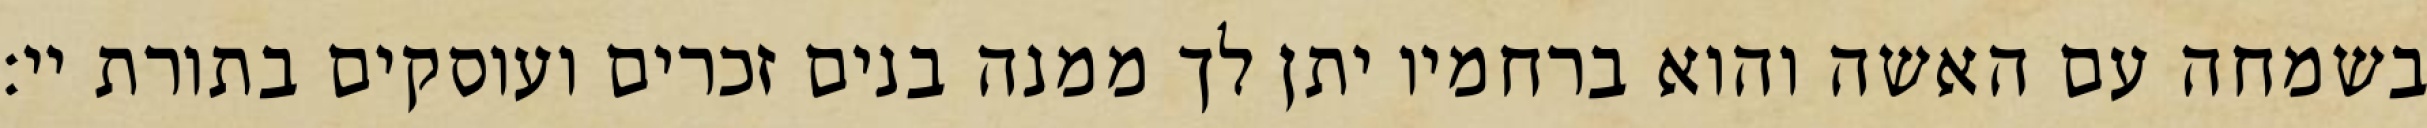
בשמחה עם האשה והוא ברחמיו יתן לך ממנה בנים זכרים ועוסקים בתורת יי: